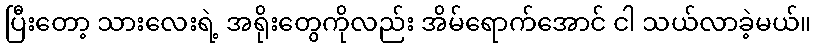
ပြီးတော့ သားလေးရဲ့ အရိုးတွေကိုလည်း အိမ်ရောက်အောင် ငါ သယ်လာခဲ့မယ်။